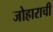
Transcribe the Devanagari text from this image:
जोहाराची